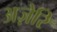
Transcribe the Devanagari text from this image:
अज़ेरि